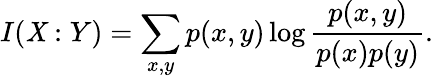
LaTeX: I(\mathit{X}:Y)=\sum_{x,y}p(x,y)\log{\frac{{p(x,y)}}{{p(x)p(y)}}}.